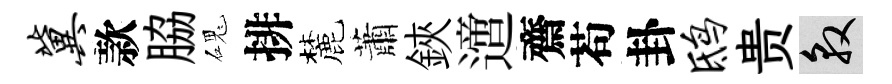
冀款脇磈排麓蕭鋏𨗁齋苟卦鸱贵敦